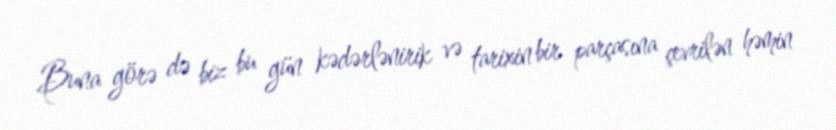
Buna görə də biz bu gün kədərlənirik və tarixin bir parçasına çevrilən həmin